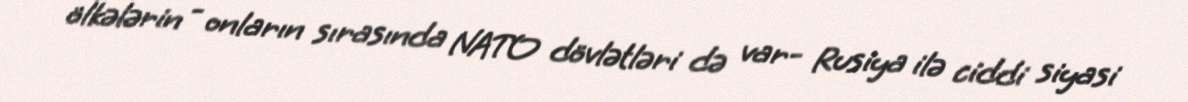
ölkələrin - onların sırasında NATO dövlətləri də var- Rusiya ilə ciddi siyasi